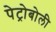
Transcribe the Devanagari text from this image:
पेट्रोबोली